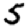
Digit: 5